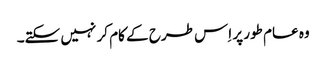
وہ عام طور پر اِس طرح کے کام کر نہیں سکتے۔